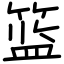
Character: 篮